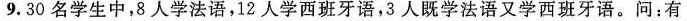
9.30名学生中，8人学法语，12人学西班牙语，3人既学法语又学西班牙语。问：有